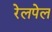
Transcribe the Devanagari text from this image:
रेलपेल